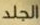
الجلد